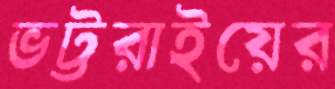
ভট্টরাইয়ের